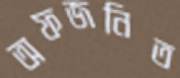
অফজনিত